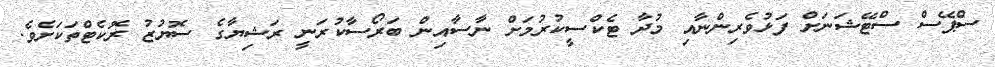
ސްޕޭސް ސްޓޭޝަނަށް ފަޅުވެރިންނާއި މުދާ ޓެކްސީކުރުމަށް ނާސާއިން ބަރޯސާކުރަނީ ރަޝިޔާގެ ސޮޔުޒު ރޮކެޓްތަކަށެވެ.